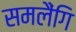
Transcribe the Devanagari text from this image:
समलैंगि